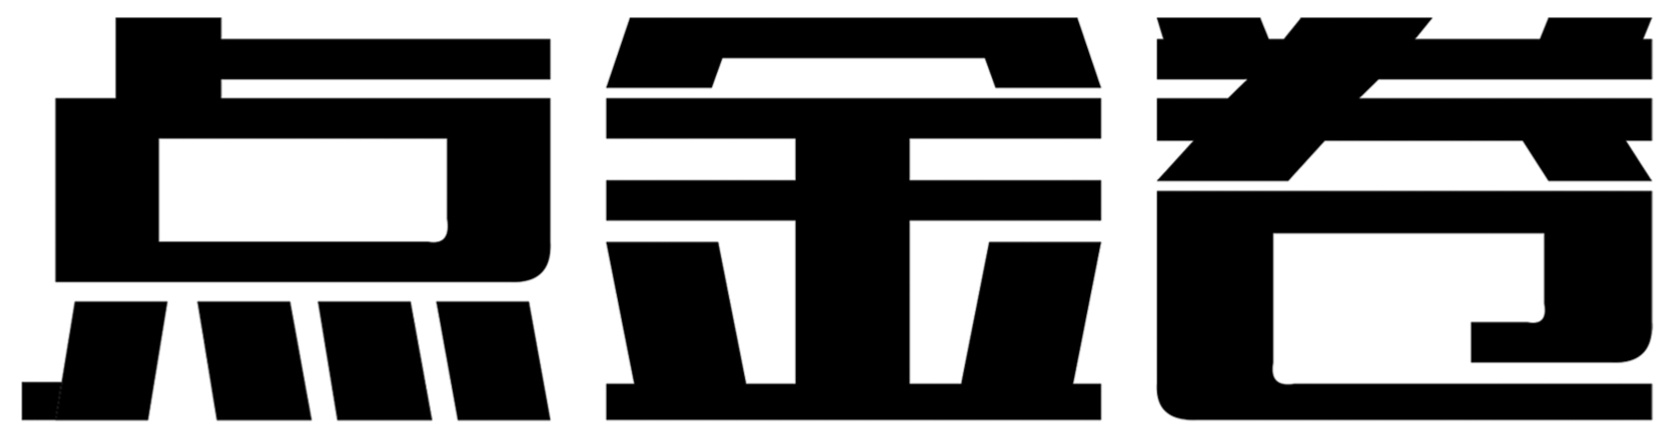
点点金卷